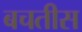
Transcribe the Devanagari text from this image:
बचतीस